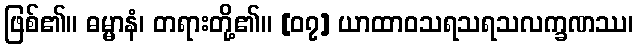
ဖြစ်၏။ ဓမ္မာနံ၊ တရားတို့၏။ [၀၇] ယာထာဝသရသရသလက္ခဏဿ၊